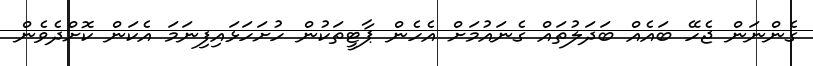
ގެންނަން ޖެހޭ ބައެއް ބަދަލުތައް ގެނައުމަށް އެހެން ޕާޓީތަކުން ހުށަހަޅައިފިނަމަ އެކަން ކޮށްދެވެން